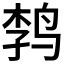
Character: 𲍷